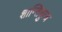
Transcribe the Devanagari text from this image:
शान्तिकुज